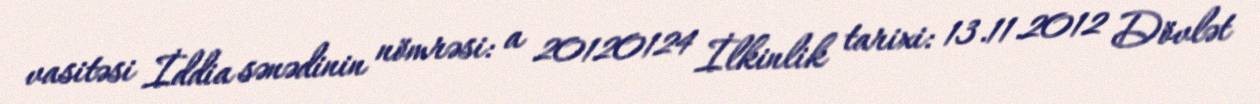
vasitəsi İddia sənədinin nömrəsi: a 20120124 İlkinlik tarixi: 13.11.2012 Dövlət